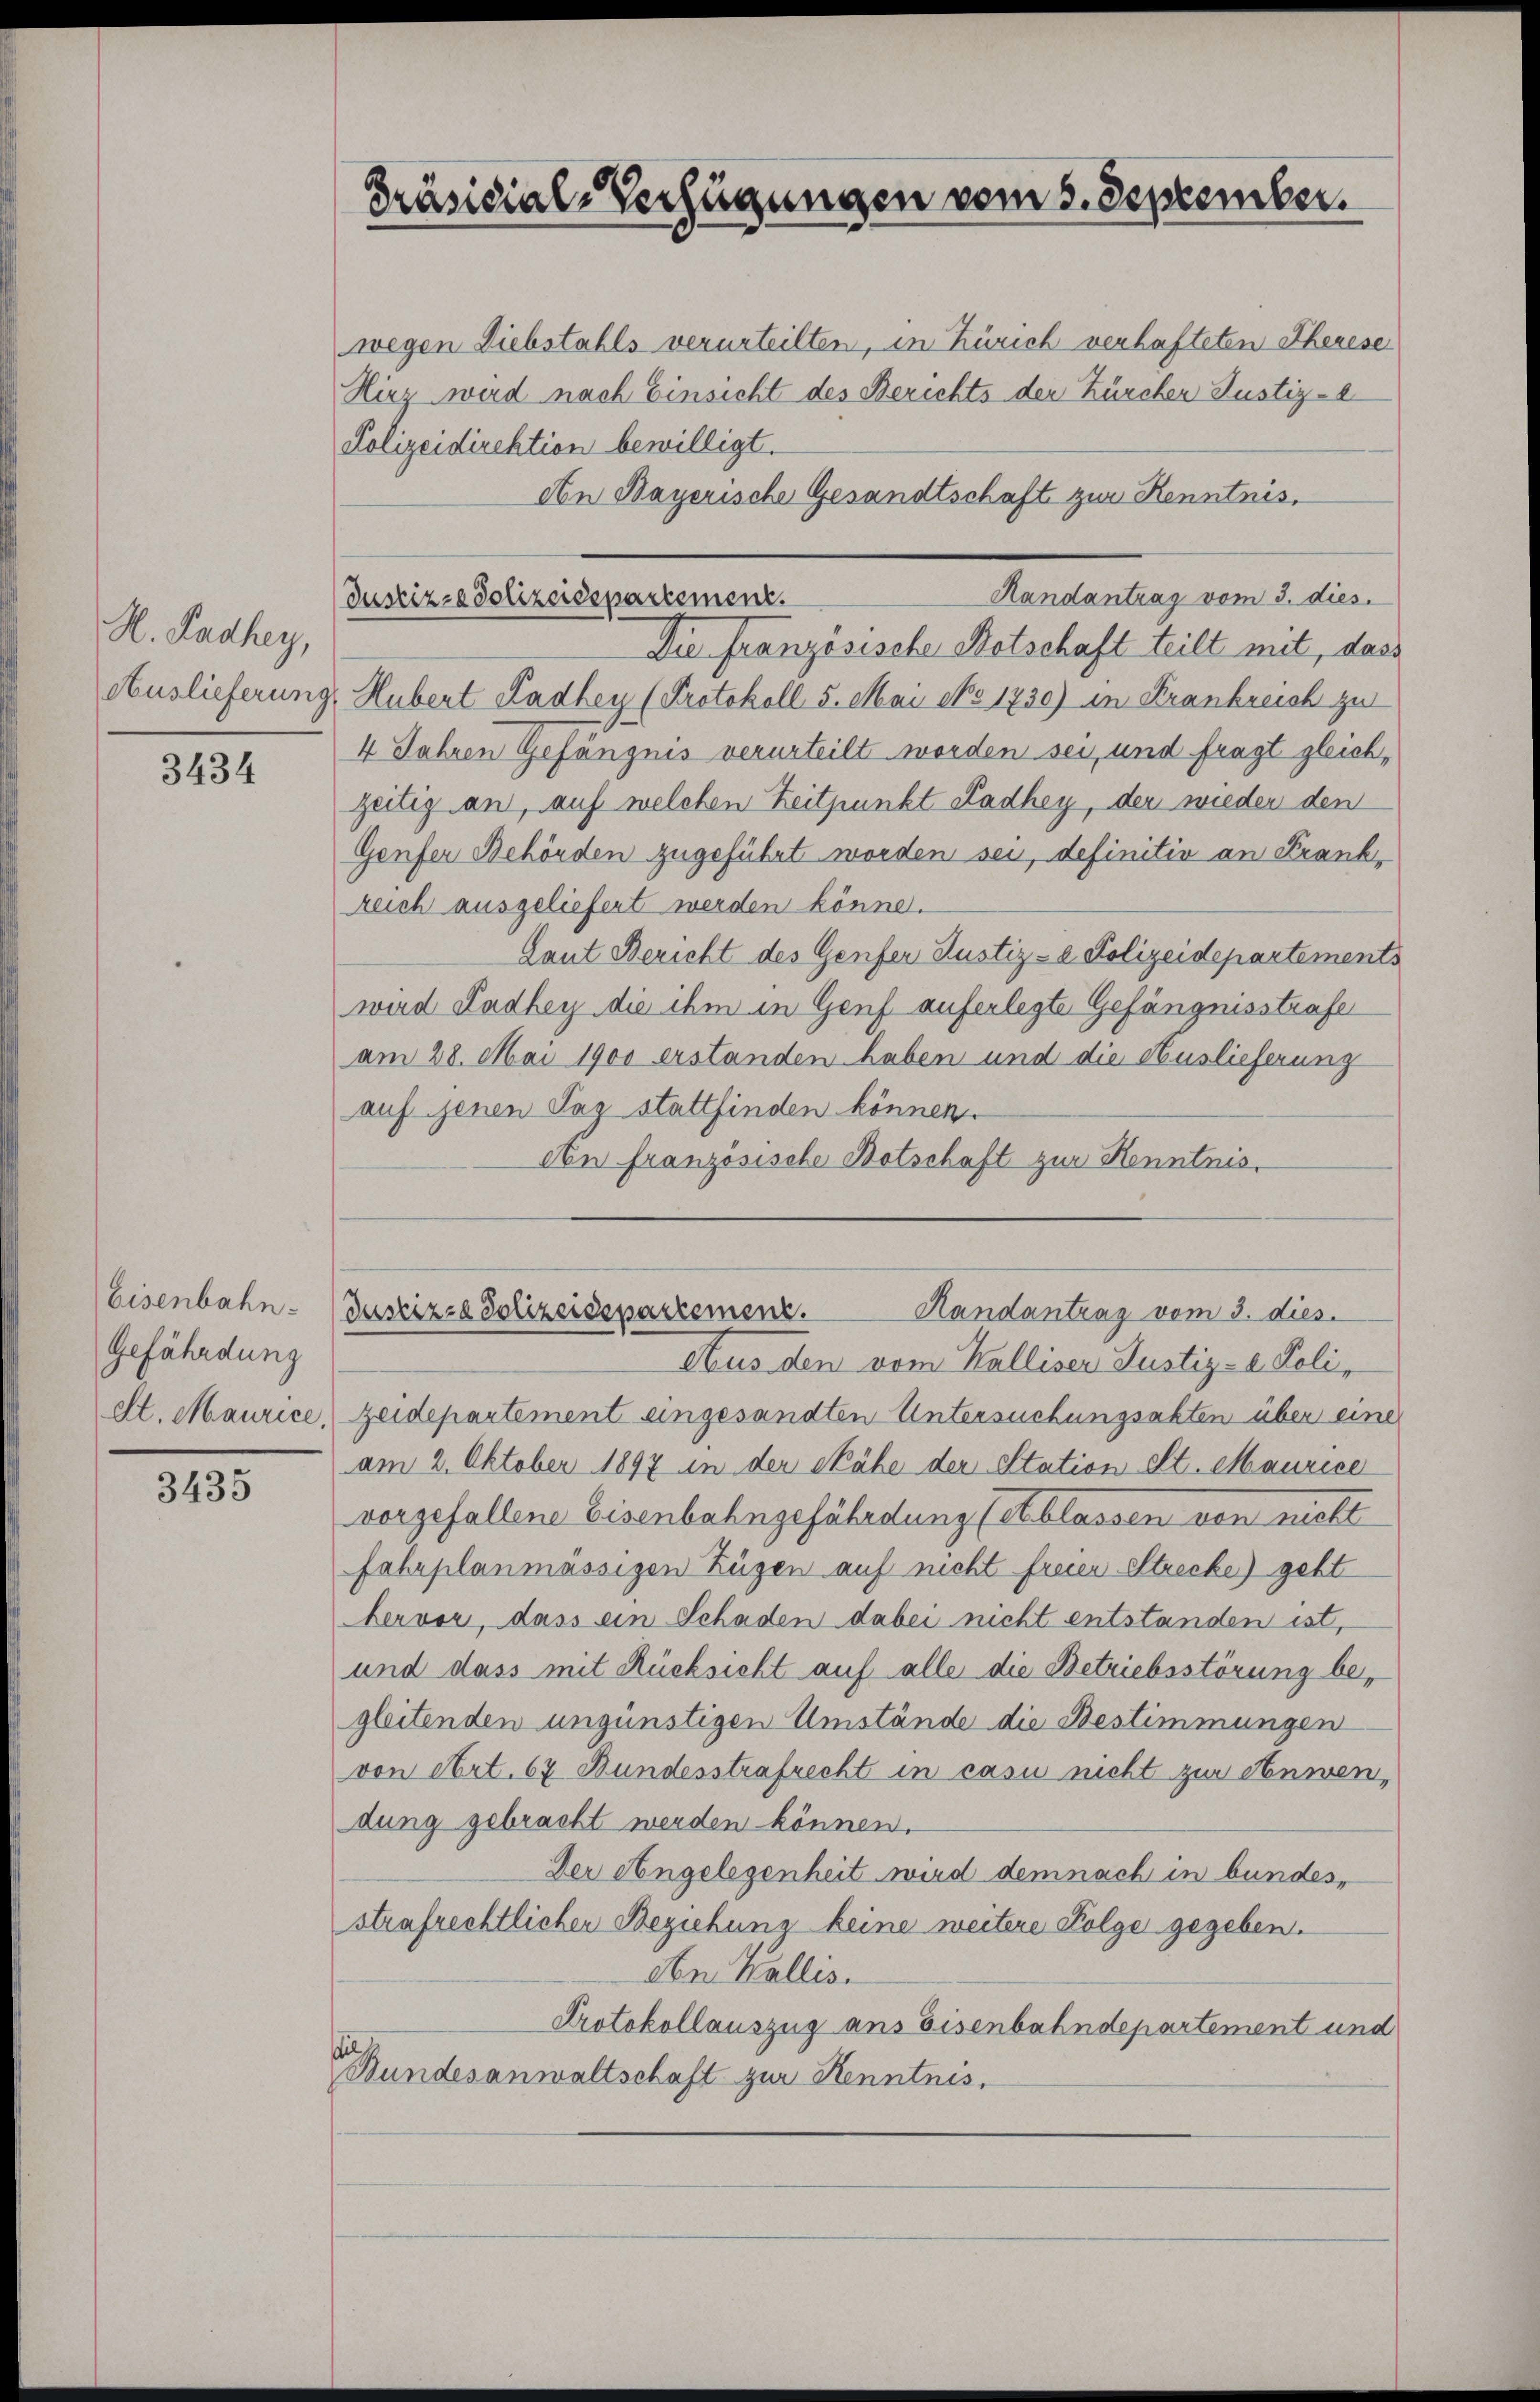
H. Badhey,

3434

Eisenbahn.
Gefährdung

3435

Präsidial-Verfügungen vom 5. September.

wegen Diebstahls verurteilten, in Zürich verhafteten Therese
Hirt wird nach Einsicht des Berichts der Zürcher Justiz-C
Polizeidirektion bewilligt.
An Bayerische Gesandtschaft zur Kenntnis.
Randantrag vom 3. dies
Die Französische Notschaft teilt mit, dass
Auslieferung, Hubert Radhey (Protokoll 5. Mai No 1730) in Krankreist zu
4 Jahren Gefängnis verurteilt worden sei, und fragt gleichzeitig an, auf welchen Zeitpunkt Ladhey, der wieder den
Genfer Behörden zugeführt worden sei, definitiv an Krank-
reich ausgeliefert werden könne.
Laut Bericht des Genfer Justiz- & Polizeidepartements
wird Ladhey die ihm in Genf auferlegte Gefängnisstrafe
am 28. Mai 1900 erstanden haben und die Auslieferung
auf jenen Tag stattfinden können.
An Französische Botschaft zur Henntnis,

Justiz- & Polizeidepartement.

Justizze Polizeidepartement.
Handantrag vom 3. dies

Aus den vom Walliser Justiz- & Poliet. Maurice, zeidepartement eingesandten Untersuchungsakten über eine
am 2. Oktober 1897 in der Skähe der Station elt. Maurice
vorgefallene Eisenbahngefährdung (et blassen von nicht
fahrplanmässigen Zügen auf nicht freien Strecke) geht
bervor, dass ein Schaden dabei nicht entstanden ist,
und dass mit Rücksicht auf alle die Betriebsstörung begleitenden ungünstigen Umstände die Bestimmungen
von Art. 67 Bundesstrafrecht in casu nicht zur Anwendung gebracht werden können.
Der Angelegenheit wird demnach in bundes,
strafrechtlichen Beziehung keine weitere Folge gegeben.
Aber Wallis.
Protokollauszug aus Eisenbahndepartement und
Bundesanwaltschaft zur Kenntnis.